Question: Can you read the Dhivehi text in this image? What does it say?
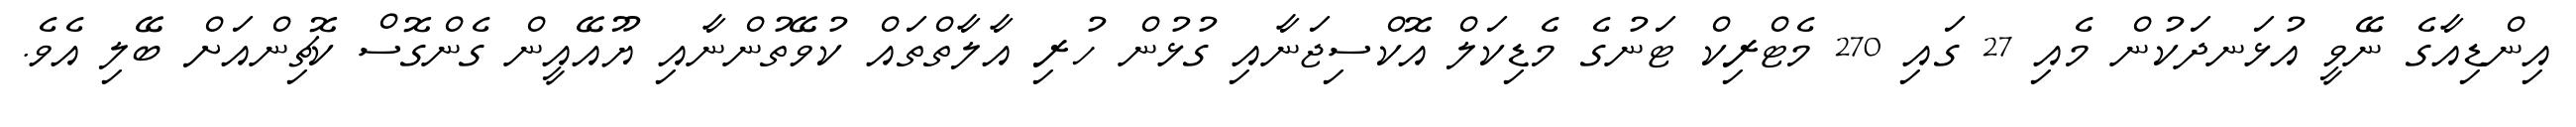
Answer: އިންޑިއާގެ ނޭވީ އުޅަނދަކުން މެއި 27 ގައި 270 މެޓްރިކް ޓަނުގެ މެޑިކަލް އޮކްސިޖަނާއި ގުޅުން ހުރި އާލާތްތައް ކުވޭތުންނާއި ޔޫއޭއީން ގެންގޮސް ކޮޗިންއަށް ބޭލި އެވެ.